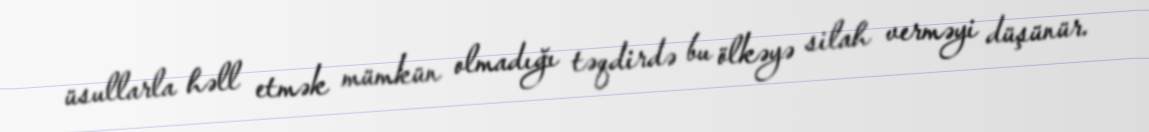
üsullarla həll etmək mümkün olmadığı təqdirdə bu ölkəyə silah verməyi düşünür.